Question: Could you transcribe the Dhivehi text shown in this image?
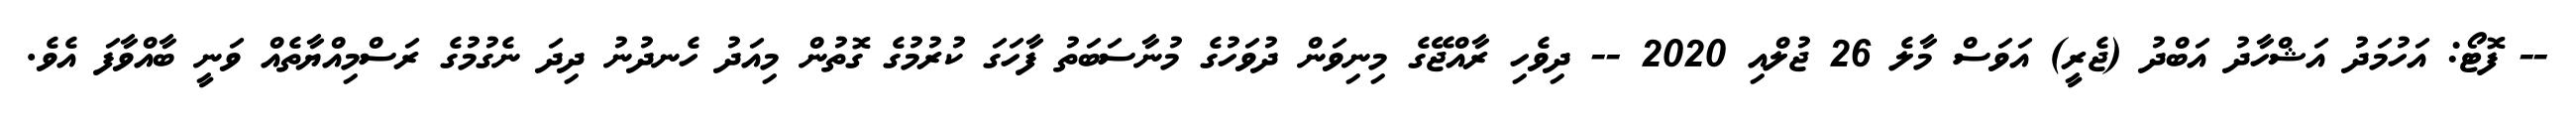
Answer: -- ފޮޓޯ: އަހުމަދު އަޝްހާދު އަބްދު (ޖެރީ) އަވަސް މާލެ 26 ޖުލްއި 2020 -- ދިވެހި ރާއްޖޭގެ މިނިވަން ދުވަހުގެ މުނާސަބަތު ފާހަގަ ކުރުމުގެ ގޮތުން މިއަދު ހެނދުނު ދިދަ ނެގުމުގެ ރަސްމިއްޔާތެއް ވަނީ ބާއްވާފަ އެވެ.